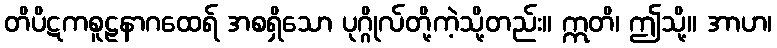
တိပိဋကစူဠနာဂထေရ် အစရှိသော ပုဂ္ဂိုလ်တို့ကဲ့သို့တည်း။ ဣတိ၊ ဤသို့။ အာဟ၊